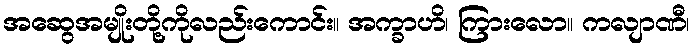
အဆွေအမျိုးတို့ကိုလည်းကောင်း။ အက္ခာဟိ၊ ကြားလော။ ကလျာဏီ၊